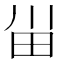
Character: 𰢸